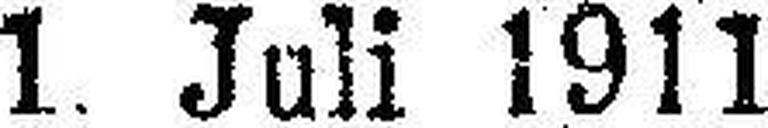
1. Juli 1911